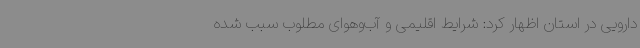
دارویی در استان اظهار کرد: شرایط اقلیمی و آب‌وهوای مطلوب سبب شده